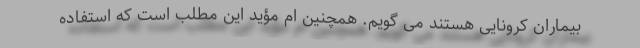
بیماران کرونایی هستند می گویم. همچنین ام مؤید این مطلب است که استفاده